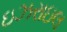
ઇઝરાઇલ